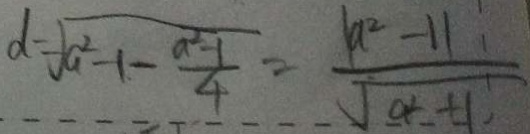
d = \sqrt { a ^ { 2 } - 1 - \frac { a ^ { 2 } - 1 } { 4 } } = \frac { \vert a ^ { 2 } - 1 \vert } { \sqrt { a - 1 } }